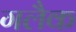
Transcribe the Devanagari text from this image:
गलैक